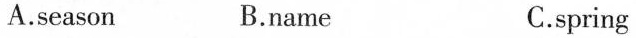
A.season B.name C.spring